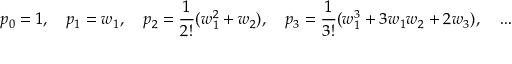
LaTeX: p _ { 0 } = 1 , \quad p _ { 1 } = w _ { 1 } , \quad p _ { 2 } = \frac 1 { 2 ! } ( w _ { 1 } ^ { 2 } + w _ { 2 } ) , \quad p _ { 3 } = \frac 1 { 3 ! } ( w _ { 1 } ^ { 3 } + 3 w _ { 1 } w _ { 2 } + 2 w _ { 3 } ) , \quad \ldots